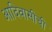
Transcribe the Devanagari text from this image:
आदिवासीची